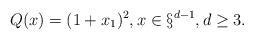
LaTeX: \begin{align*}Q(x) = (1+x_1)^2, x\in\S^{d-1}, d\geq 3.\end{align*}